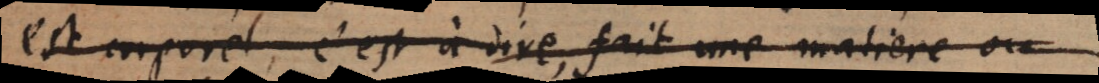
orporel, c’est à dire, fait une matiere ou